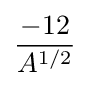
-12 \over A^{1/2}